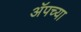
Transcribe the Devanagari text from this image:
अॅपच्या